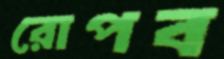
রোপব